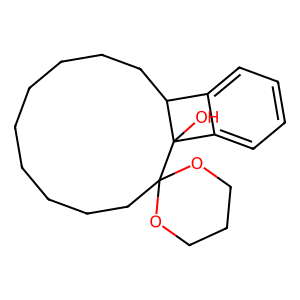
SMILES: OC12c3ccccc3C1CCCCCCCCCC21OCCCO1
Inhibits HIV replication: No